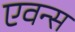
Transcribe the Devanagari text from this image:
एवन्स